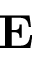
\mathbf { E }